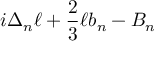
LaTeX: i \Delta _ { n } \ell + { \frac { 2 } { 3 } } \ell b _ { n } - B _ { n }